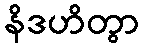
နိဒဟိတွာ